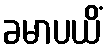
ခမာပယိံ